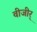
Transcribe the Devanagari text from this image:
वीजीर्